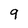
Character: 9